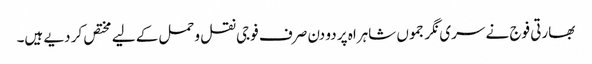
بھارتی فوج نے سری نگر جموں شاہراہ پر دو دن صرف فوجی نقل وحمل کے لیے مختص کر دیے ہیں۔